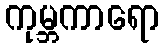
ကုမ္ဘကာရော